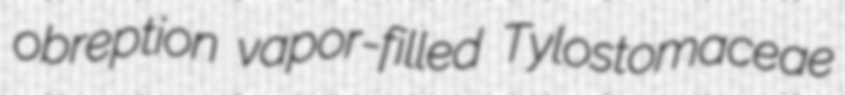
obreption vapor-filled Tylostomaceae